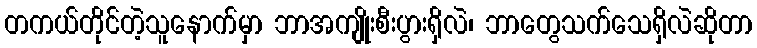
တကယ်တိုင်တဲ့သူနောက်မှာ ဘာအကျိုးစီးပွားရှိလဲ၊ ဘာတွေသက်သေရှိလဲဆိုတာ